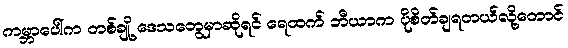
ကမ္ဘာပေါ်က တစ်ချို့ ဒေသတွေမှာဆိုရင် ရေထက် ဘီယာက ပိုစိတ်ချရတယ်လို့တောင်